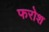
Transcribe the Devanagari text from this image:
फरोश